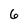
Character: 6